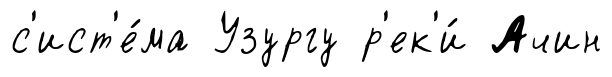
с'ист'е́ма Узургу р'ек'и́ Ачин